Annual administration report of the Civil Veterinary Department of India - 1898-1899
Year: 1898
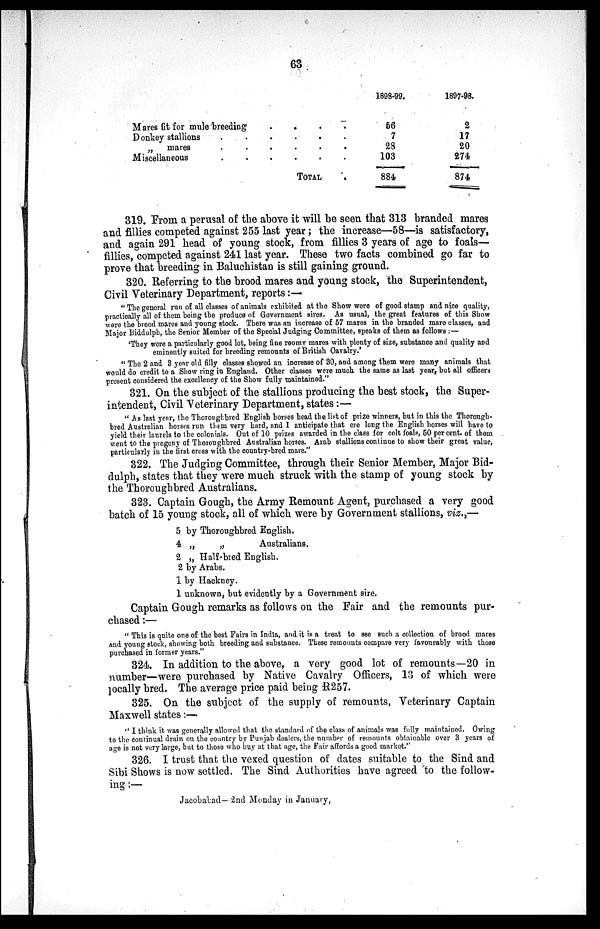
63
Mares fit for mule breeding . . . .
Donkey stallions . . . . . .
„
mares . . . . . .
Miscellaneous . . . . . .
TOTAL .
1898-99.
56
7
23
103
884
1897-98.
2
17
20
274
874
319. From a perusal of the above it will be seen that 313 branded mares
and fillies competed against 255 last year; the increase—58—is satisfactory,
and again 291 head of young stock, from fillies 3 years of age to foals—
fillies, competed against 241 last year. These two facts combined go far to
prove that breeding in Baluchistan is still gaining ground.
320. Referring to the brood mares and young stock, the Superintendent,
Civil Veterinary Department, reports:—
"The general run of all classes of animals exhibited at the Show were of good stamp and nice quality,
practically all of them being the produce of Government sires. As usual, the great features of this Show
were the brood mares and young stock. There was an increase of 57 mares in the branded mare classes, and
Major Biddulph, the Senior Member of the Special Judging Committee, speaks of them as follows:—
'They were a particularly good lot, being fine roomv mares with plenty of size, substance and quality and
eminently suited for breeding remounts of British Cavalry.'
"The 2 and 3 year old filly classes showed an increase of 30, and among them were many animals that
would do credit to a Show ring in England. Other classes were much the same as last year, but all officers
present considered the excellency of the Show fully maintained."
321. On the subject of the stallions producing the best stock, the Super-
intendent, Civil Veterinary Department, states:—
"As last year, the Thoroughbred English horses head the list of prize winners, but in this the Thorough-
bred Australian horses run them very hard, and I anticipate that ere long the English horses will have to
yield their laurels to the colonials. Out of 10 prizes awarded in the class for colt foals, 50 per cent. of them
went to the progeny of Thoroughbred Australian horses. Arab stallions continue to show their great value,
particularly in the first cross with the country-bred mare."
322. The Judging Committee, through their Senior Member, Major Bid-
dulph, states that they were much struck with the stamp of young stock by
the Thoroughbred Australians.
323. Captain Gough, the Army Remount Agent, purchased a very good
batch of 15 young stock, all of which were by Government stallions, viz.,—
5
4
2
2
1
1
by Thoroughbred English.
„
„
Australians.
„ Half-bred English.
by Arabs.
by Hackney.
unknown, but evidently by a Government sire.
Captain Gough remarks as follows on the Fair and the remounts pur-
chased:—
"This is quite one of the best Fairs in India, and it is a treat to see such a collection of brood mares
and young stock, showing both breeding and substance. These remounts compare very favourably with those
purchased in former years."
324. In addition to the above, a very good lot of remounts—20 in
number—were purchased by Native Cavalry Officers, 13 of which were
locally bred. The average price paid being R257.
325. On the subject of the supply of remounts, Veterinary Captain
Maxwell states:—
"I think it was generally allowed that the standard of the class of animals was fully maintained. Owing
to the continual drain on the country by Punjab dealers, the number of remounts obtainable over 3 years of
age is not very large, but to those who buy at that age, the Fair affords a good market."
326. I trust that the vexed question of dates suitable to the Sind and
Sibi Shows is now settled. The Sind Authorities have agreed to the follow-
ing:—
Jacobabad— 2nd Monday in January,